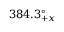
3 8 4 . 3 \ensuremath { ^ \circ } _ { + x }